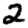
Digit: 2